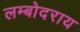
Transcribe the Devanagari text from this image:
लम्बोदराय